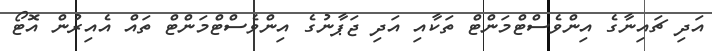
އަދި ޗައިނާގެ އިންވެސްޓްމަންޓް ތަކާއި އަދި ޖަޕާނުގެ އިންވެސްޓްމަންޓް ތައް އެއިރުން އޮޓޯ